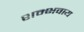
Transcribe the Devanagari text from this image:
शम्भवाय